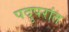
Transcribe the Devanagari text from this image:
पदुपरांत